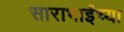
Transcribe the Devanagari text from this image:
साराभाईंच्या